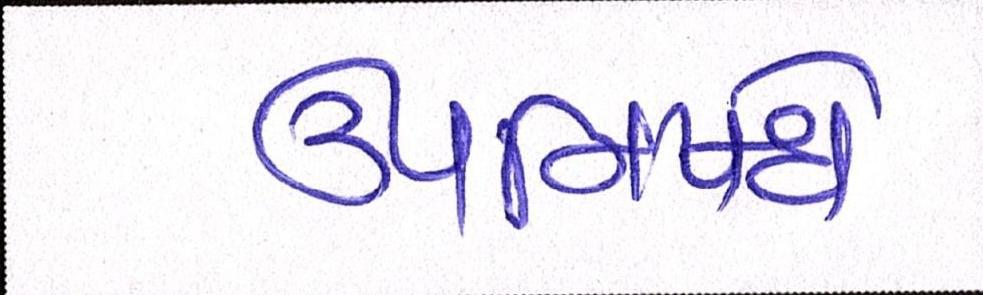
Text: ઉપનિષદો